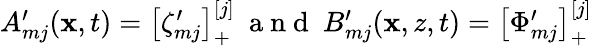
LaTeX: \begin{array}{r}{A_{mj}^{\prime}(\mathbf{x},t)=\left[\zeta_{mj}^{\prime}\right]_{+}^{[j]}~\mathrm{~a~n~d~}~B_{mj}^{\prime}(\mathbf{x},z,t)=\left[\Phi_{mj}^{\prime}\right]_{+}^{[j]}}\end{array}